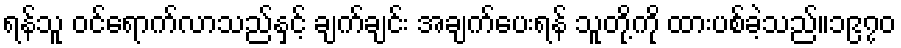
ရန်သူ ဝင်ရောက်လာသည်နှင့် ချက်ချင်း အချက်ပေးရန် သူတို့ကို ထားပစ်ခဲ့သည်။၁၉၇၀